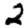
Digit: 2